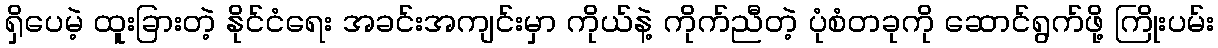
ရှိပေမဲ့ ထူးခြားတဲ့ နိုင်ငံရေး အခင်းအကျင်းမှာ ကိုယ်နဲ့ ကိုက်ညီတဲ့ ပုံစံတခုကို ဆောင်ရွက်ဖို့ ကြိုးပမ်း